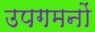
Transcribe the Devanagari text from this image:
उपगमनों